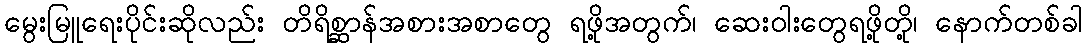
မွေးမြူရေးပိုင်းဆိုလည်း တိရိစ္ဆာန်အစားအစာတွေ ရဖို့အတွက်၊ ဆေးဝါးတွေရဖို့တို့၊ နောက်တစ်ခါ